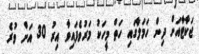
ޖަކާޓާއަށް ދިން ހަމަލާގައި ހަތް މީހަކު މަރުވެފައިވާ އިރު 30 އަށް ވުރެ